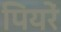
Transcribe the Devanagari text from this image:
पियरें